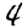
Digit: 4